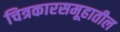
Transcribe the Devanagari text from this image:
चित्रकारसमूहातील